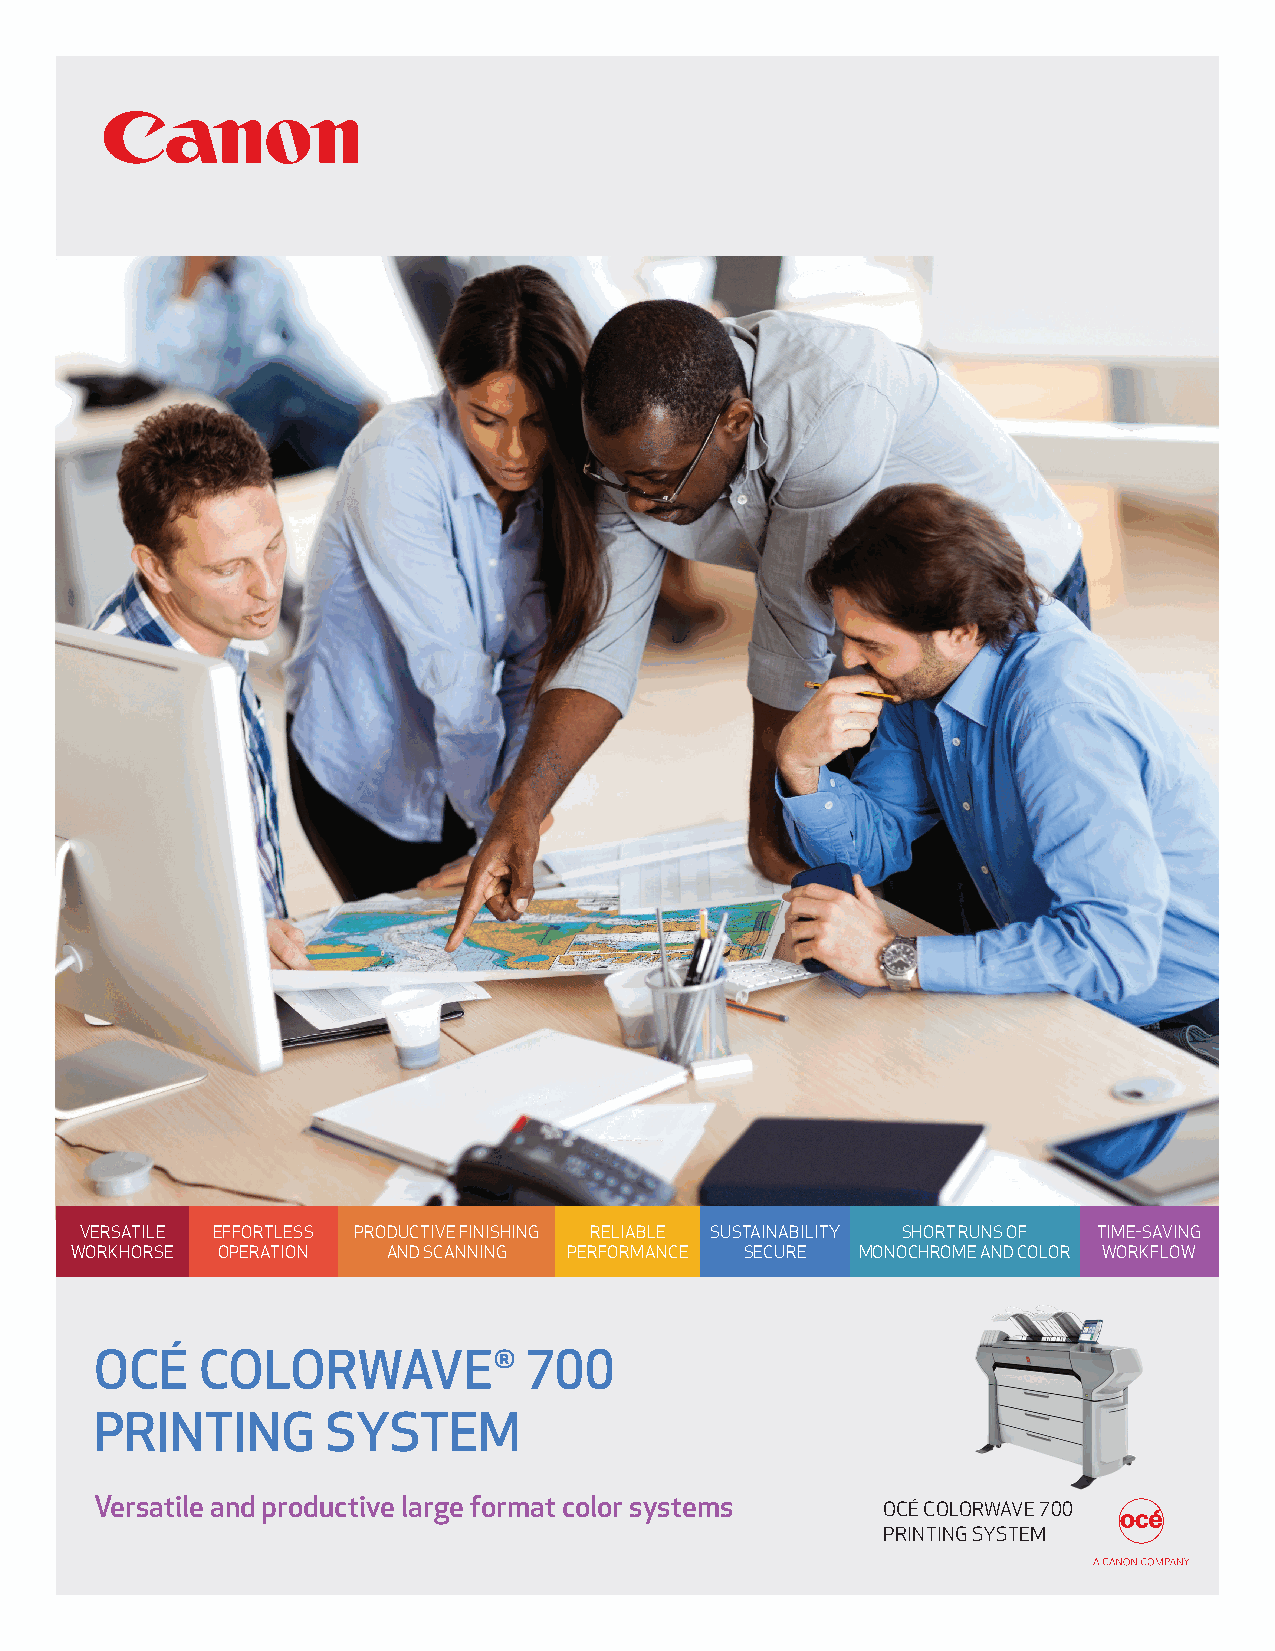
VERSATILE EFFORTLESS PRODUCTIVE FINISHING RELIABLE SUSTAINABILITY SHORT RUNS OF TIME-SAVING
 WORKHORSE OPERATION  AND SCANNING PERFORMANCE SECURE MONOCHROME AND COLOR WORKFLOW
 OCÉ    COLORWAVE®            700
 PRINTING        SYSTEM
 Versatile and productive large format color systems OCÉ COLORWAVE 700
 PRINTING SYSTEM